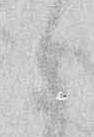
候